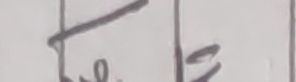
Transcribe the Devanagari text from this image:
जियोस्